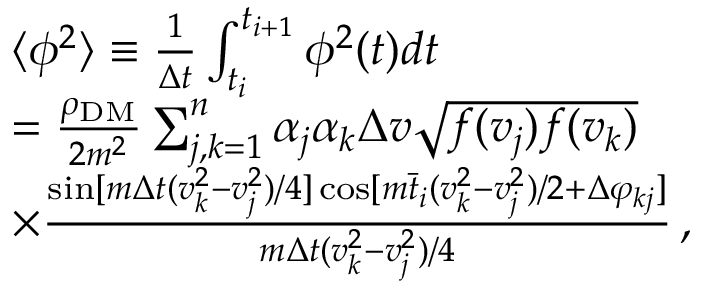
\begin{array} { r l } & { \langle \phi ^ { 2 } \rangle \equiv \frac 1 { \Delta t } \int _ { t _ { i } } ^ { t _ { i + 1 } } \phi ^ { 2 } ( t ) d t } \\ & { = \frac { \rho _ { \mathrm { D M } } } { 2 m ^ { 2 } } \sum _ { j , k = 1 } ^ { n } \alpha _ { j } \alpha _ { k } \Delta v \sqrt { f ( v _ { j } ) f ( v _ { k } ) } } \\ & { \times \frac { \sin [ m \Delta t ( v _ { k } ^ { 2 } - v _ { j } ^ { 2 } ) / 4 ] \cos [ m \bar { t } _ { i } ( v _ { k } ^ { 2 } - v _ { j } ^ { 2 } ) / 2 + \Delta \varphi _ { k j } ] } { m \Delta t ( v _ { k } ^ { 2 } - v _ { j } ^ { 2 } ) / 4 } \, , } \end{array}